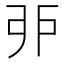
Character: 戼